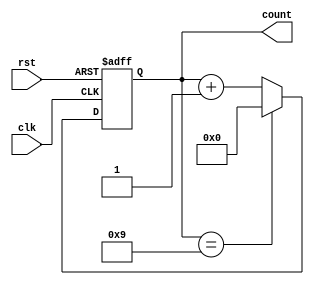
module decade_counter (
    input wire clk,
    input wire rst,
    output reg [3:0] count
);

// Define state register
reg [3:0] state;

// Define next state logic
always @ (posedge clk or posedge rst)
begin
    if (rst)
        state <= 4'b0000;
    else if (state == 4'b1001)
        state <= 4'b0000;
    else
        state <= state + 1;
end

// Define output logic
assign count = state;

endmodule